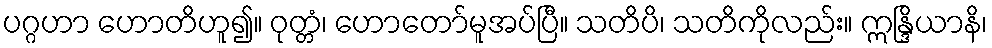
ပဂ္ဂဟာ ဟောတိဟူ၍။ ဝုတ္တံ၊ ဟောတော်မူအပ်ပြီ။ သတိပိ၊ သတိကိုလည်း။ ဣန္ဒြိယာနိ၊